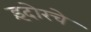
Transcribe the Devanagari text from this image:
इंदोरचे